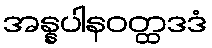
အန္နပါနဝတ္ထဒဒံ